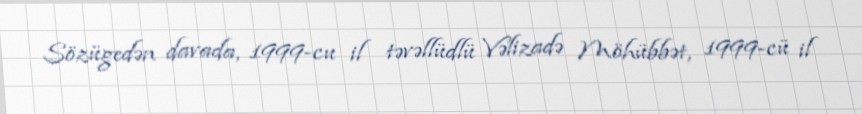
Sözügedən davada, 1999-cu il təvəllüdlü Vəlizadə Möhübbət, 1999-cü il